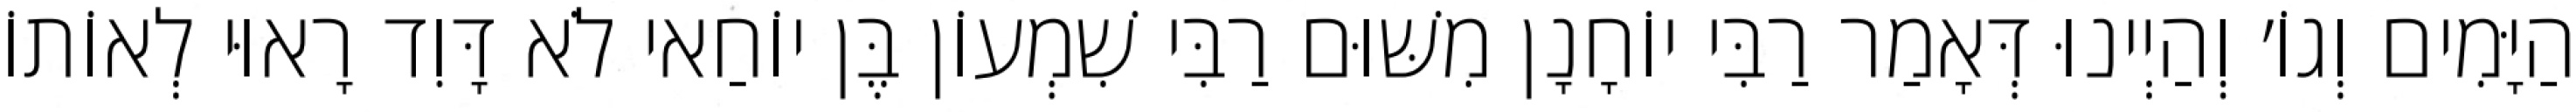
הַיָּמִים וְגוֹ׳ וְהַיְינוּ דְּאָמַר רַבִּי יוֹחָנָן מִשּׁוּם רַבִּי שִׁמְעוֹן בֶּן יוֹחַאי לֹא דָּוִד רָאוּי לְאוֹתוֹ